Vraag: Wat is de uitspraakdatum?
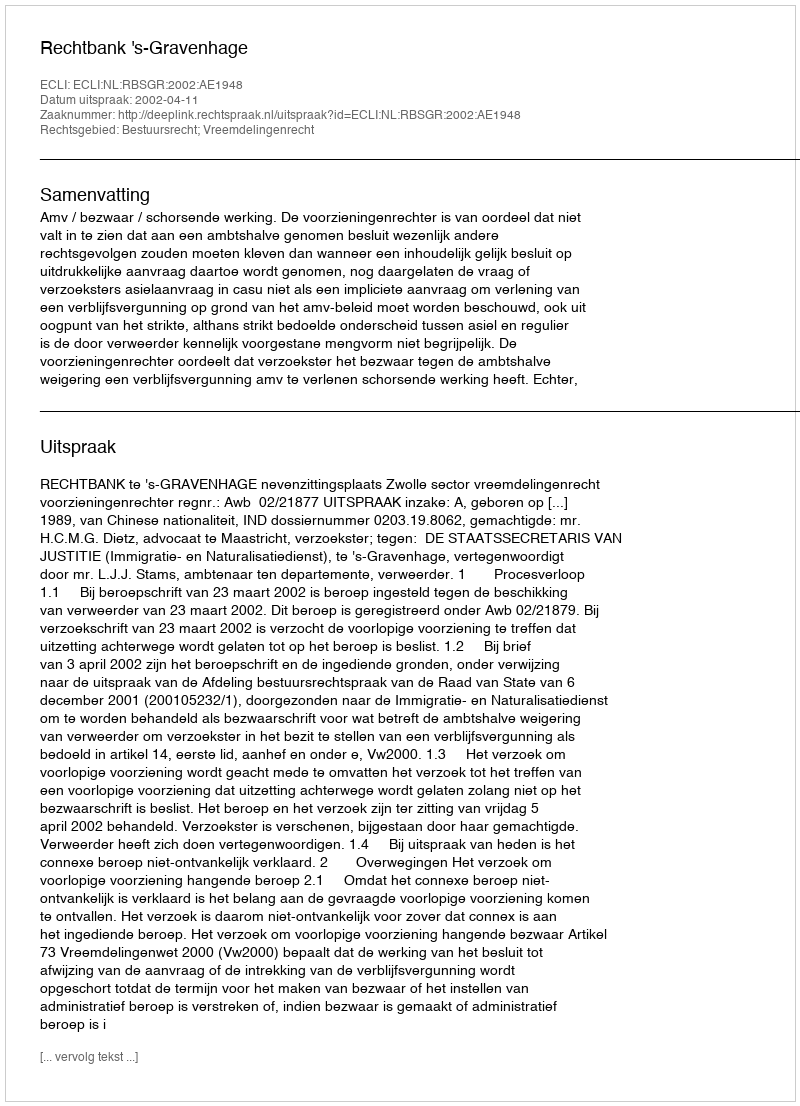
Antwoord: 2002-04-11